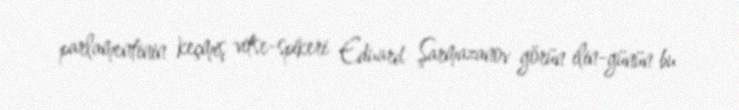
parlamentinin keçmiş vitse-spikeri Eduard Şarmazanov görün ilin-günün bu